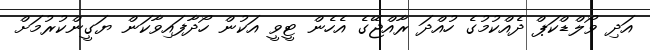
އަދި ވޯލްޑްކަޕް ދެއްކުމުގެ ހުއްދަ ރާއްޖޭގެ އެހެން ޓީވީ އަކުން ހޯދާފައިވާކަން ޔަގީންކުރުމަށް